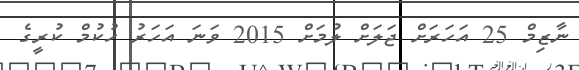
ނާޒިމް 25 އަހަރަށް ޖަލަށް ލުމަށް 2015 ވަނަ އަހަރު ހުކުމް ކުރީގެ